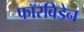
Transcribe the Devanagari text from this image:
फॉरबिडेन